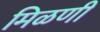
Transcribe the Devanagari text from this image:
मिळणी